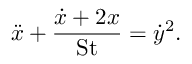
\ddot { x } + \frac { \dot { x } + 2 x } { \mathrm { S t } } = \dot { y } ^ { 2 } .